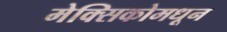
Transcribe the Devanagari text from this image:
मेक्सिकोमधून